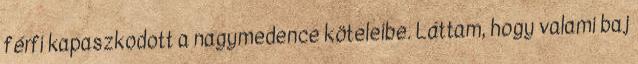
férfi kapaszkodott a nagymedence köteleibe. Láttam, hogy valami baj